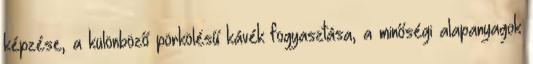
képzése, a különböző pörkölésű kávék fogyasztása, a minőségi alapanyagok